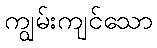
ကျွမ်းကျင်သော